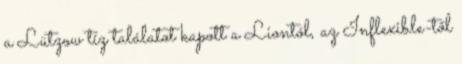
a Lützow tíz találatot kapott a Liontól, az Inflexible-től